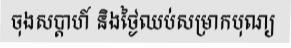
ចុងសប្តាហ៍ និងថ្ងៃឈប់សម្រាកបុណ្យ